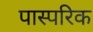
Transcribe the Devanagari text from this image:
पास्‍परिक